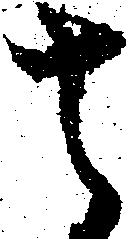
其